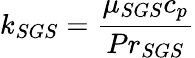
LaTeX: k_{SGS}=\frac{\mu_{SGS}c_{p}}{Pr_{SGS}}